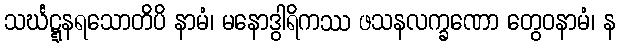
သင်္ဃဋ္ဋနရသောတိပိ နာမံ၊ မနောဒွါရိကဿ ဖသနလက္ခဏော တွေဝနာမံ၊ န